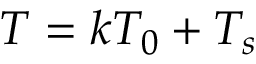
T = k T _ { 0 } + T _ { s }